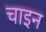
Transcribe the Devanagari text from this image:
चाइन